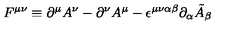
F ^ { \mu \nu } \equiv \partial ^ { \mu } A ^ { \nu } - \partial ^ { \nu } A ^ { \mu } - \epsilon ^ { \mu \nu \alpha \beta } \partial _ { \alpha } \tilde { A } _ { \beta }